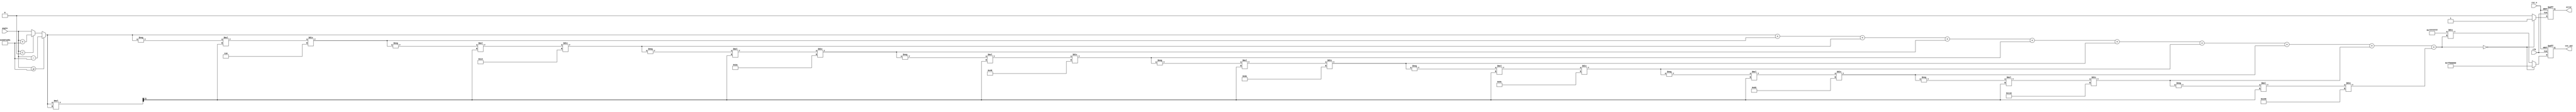
module Cosecant (
    input wire clk,
    input wire rst_n,
    input wire [31:0] angle, // Input angle in fixed-point format (e.g., Q1.31)
    output reg [31:0] csc_out, // Output cosecant in fixed-point format (e.g., Q1.31)
    output reg error // Error flag
);

    // Constants
    parameter PI = 32'h3243F6A9; //  in Q1.31 format
    parameter TWO_PI = 32'h6487ED51; // 2 in Q1.31 format
    parameter INFINITY = 32'h7F800000; // Infinity in IEEE 754 format

    // Internal signals
    reg [31:0] sine_value;
    reg [31:0] normalized_angle;

    // Function to compute sine using Taylor series approximation
    function [31:0] sine;
        input [31:0] x;
        reg [31:0] term;
        reg [31:0] sum;
        reg [31:0] x_squared;
        integer i;
        begin
            sum = x; // First term
            x_squared = (x * x) >> 31; // x^2
            term = x; // Initialize term for loop
            for (i = 1; i < 10; i = i + 1) begin
                term = -term * x_squared / (2 * i * (2 * i + 1)); // Calculate next term
                sum = sum + term; // Add term to sum
            end
            sine = sum; // Return sine value
        end
    endfunction

    // Normalize angle to [0, 2)
    function [31:0] normalize_angle;
        input [31:0] angle_in;
        begin
            if (angle_in >= TWO_PI) begin
                normalize_angle = angle_in - TWO_PI;
            end else if (angle_in < 0) begin
                normalize_angle = angle_in + TWO_PI;
            end else begin
                normalize_angle = angle_in;
            end
        end
    endfunction

    // Compute cosecant in always block
    always @(posedge clk or negedge rst_n) begin
        if (!rst_n) begin
            csc_out <= 32'b0;
            error <= 1'b0;
        end else begin
            normalized_angle = normalize_angle(angle);
            sine_value = sine(normalized_angle);

            // Check for sine value being zero
            if (sine_value == 32'b0) begin
                csc_out <= INFINITY; // Set output to infinity
                error <= 1'b1; // Set error flag
            end else begin
                csc_out <= (32'h7FFFFFFF / sine_value); // Calculate cosecant
                error <= 1'b0; // Clear error flag
            end
        end
    end

endmodule